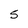
Character: 5